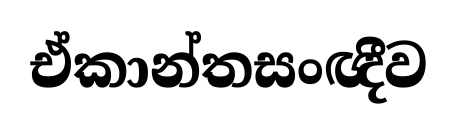
ඒකාන්තසංඥීව